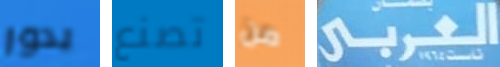
يدور تصنع من العربي